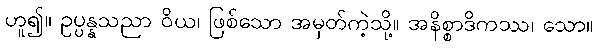
ဟူ၍။ ဥပ္ပန္နသညာ ဝိယ၊ ဖြစ်သော အမှတ်ကဲ့သို့။ အနိစ္စာဒိကဿ၊ သော။